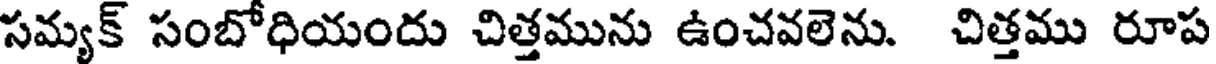
సమ్యక్ సంబోధియందు చిత్తమును ఉంచవలెను. చిత్తము రూప